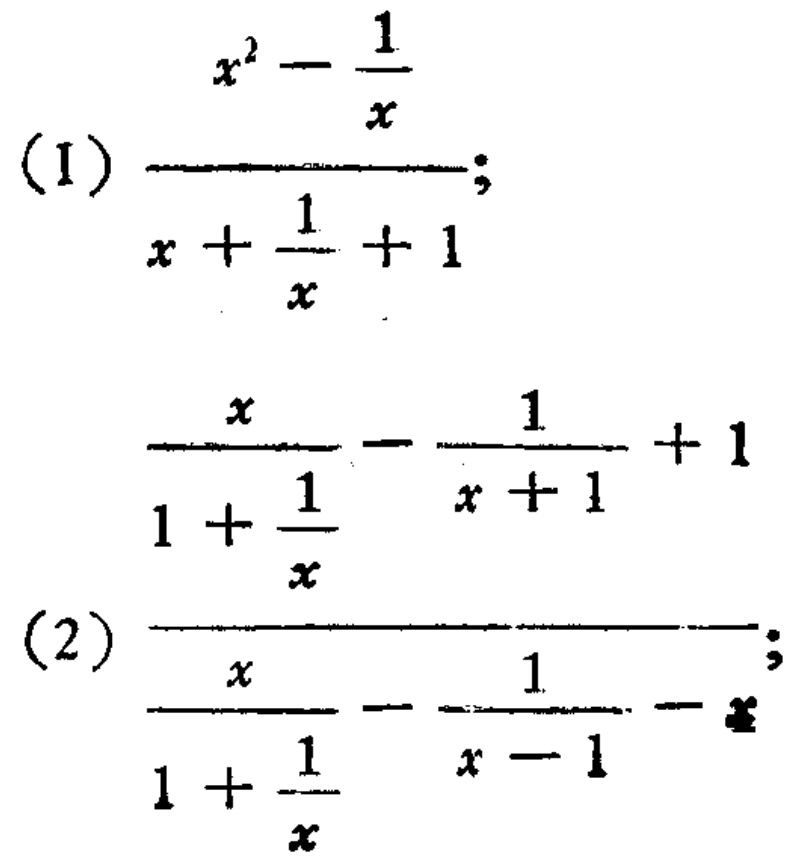
\[

\begin{align*}

&(1)\frac{x^{2}-\frac{1}{x}}{x + \frac{1}{x}+1}\\

&(2)\frac{\frac{x}{1+\frac{1}{x}}-\frac{1}{x + 1}+1}{\frac{x}{1+\frac{1}{x}}-\frac{1}{x - 1}-x}

\end{align*}

\]